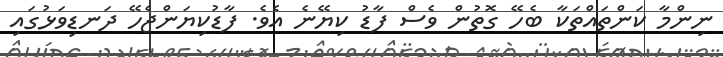
ނިންމާ ކަންތައްތަކާ ބެހޭ ގޮތުން ވެސް ފާޑު ކިޔޭނެ އެވެ. ފާޑުކިޔަންޖެހޭ ދަނޑިވަޅުގައި